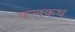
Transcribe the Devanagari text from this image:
कलकथ